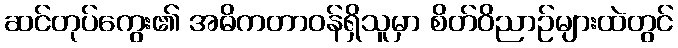
ဆင်တုပ်ကွေး၏ အဓိကတာဝန်ရှိသူမှာ စိတ်ဝိညာဉ်များထဲတွင်